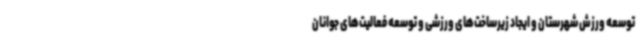
توسعه ورزش شهرستان و ایجاد زیرساخت‌های ورزشی و توسعه فعالیت‌های جوانان